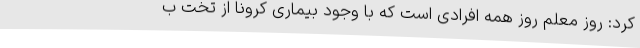
کرد: روز معلم روز همه افرادی است که با وجود بیماری کرونا از تخت ب